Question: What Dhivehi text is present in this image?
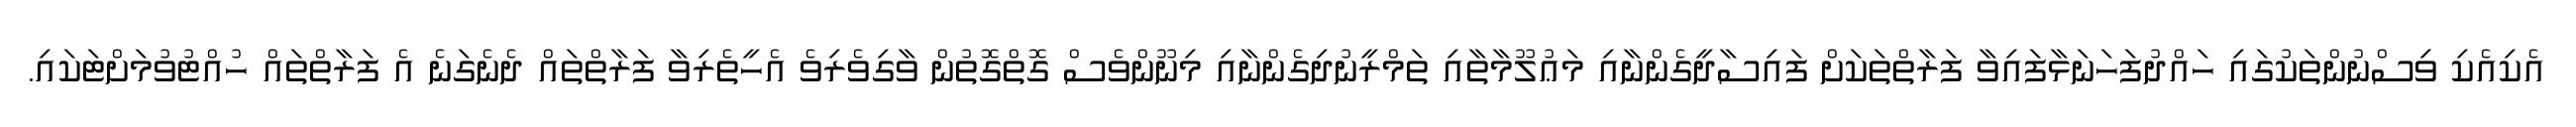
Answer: އެކިއެކި ވިސްނުންތަކުގައި ހައްދުފަހަނަޅާފައިވާ ފަރާތްތަކަށް ފައިސާދީގެންނާއި މަޢުލޫމާތާއި ތަމްރީނުދިގެންނާއި މިނޫންވެސް ގޮތްގޮތުން ވާގިވެރިވެ އެހީތެރިވާ ފަރާތްތައް ދެނެގަނެ އެ ފަރާތްތައް ހުއްޓުވުމަށްޓަކައި.